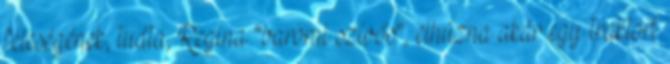
feleségének, tudta, Regina "baromi szívós", elhúzna akár egy traktort